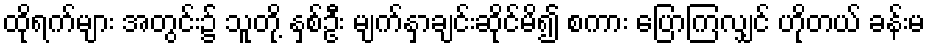
ထိုရက်များ အတွင်း၌ သူတို့ နှစ်ဦး မျက်နှာချင်းဆိုင်မိ၍ စကား ပြောကြလျှင် ဟိုတယ် ခန်းမ